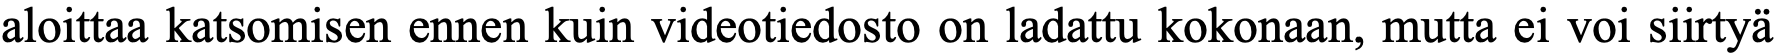
aloittaa katsomisen ennen kuin videotiedosto on ladattu kokonaan, mutta ei voi siirtyä